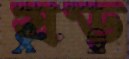
ষড়